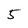
Character: 5